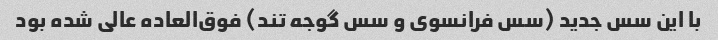
با این سس جدید (سس فرانسوی و سس گوجه تند) فوق‌العاده عالی شده بود